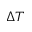
\Delta T